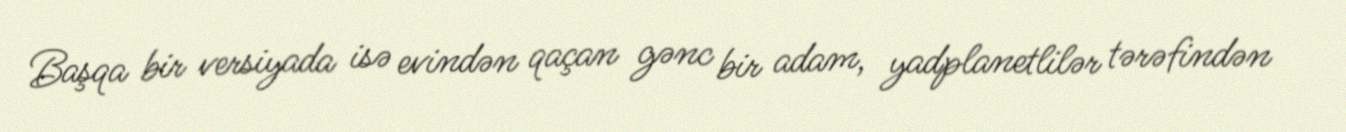
Başqa bir versiyada isə evindən qaçan gənc bir adam, yadplanetlilər tərəfindən